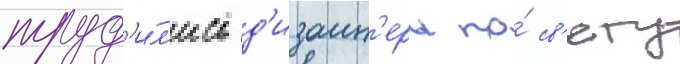
труд'и́л'ись д'изаин'еры по́ св'ету